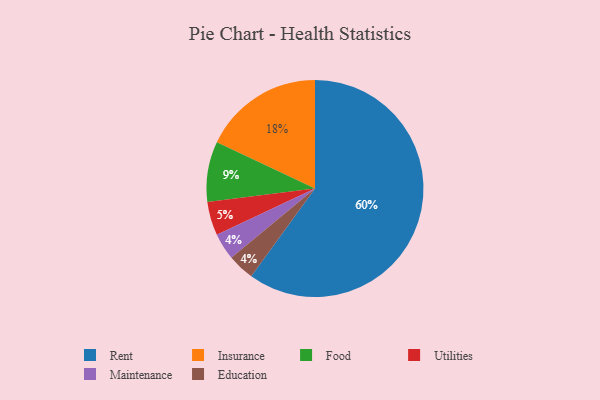
{"axis": {"x": "Category", "y": "Percentage"}, "legend": ["Education", "Food", "Insurance", "Maintenance", "Rent", "Utilities"], "data": [{"x": "Maintenance", "y": 4, "type": "Maintenance"}, {"x": "Insurance", "y": 18, "type": "Insurance"}, {"x": "Food", "y": 9, "type": "Food"}, {"x": "Education", "y": 4, "type": "Education"}, {"x": "Utilities", "y": 5, "type": "Utilities"}, {"x": "Rent", "y": 60, "type": "Rent"}]}